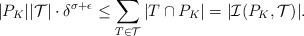
LaTeX: \begin{align*} |P_{K}||\mathcal{T}| \cdot \delta^{\sigma + \epsilon} \leq \sum_{T \in \mathcal{T}} |T\cap P_{K}| = |\mathcal{I}(P_{K},\mathcal{T})|. \end{align*}